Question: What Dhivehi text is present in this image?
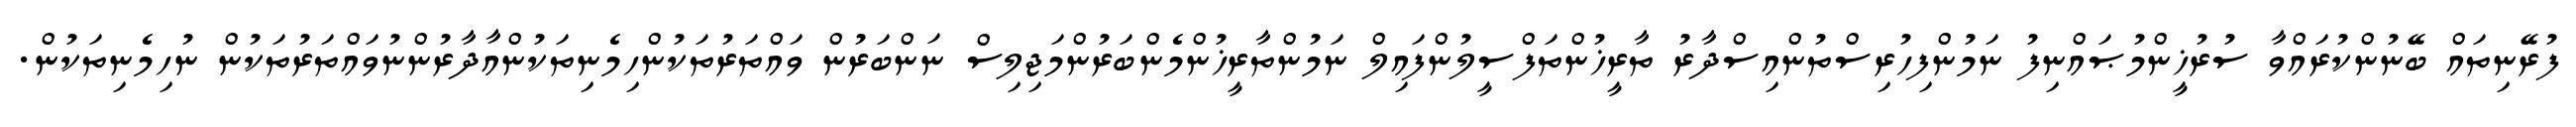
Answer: ފުރޭނިތައް ބޭނުންކުރައްވާ ސުރުޚީންމުޞައްނިފު ނަމުންފިހުރިސްތުންއިސްދާރު ތާރީޚުންތަފްސީލުންފައިލް ނަމުންތާރީޚުންމެންބަރުންމަޖިލިސް ނަންބަރުން ވައްތަރުތަކުންހިމެނިތަކުންއާދާރުންނުވައްތަރުތަކުން ނުހިމެނިތަކުން.